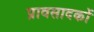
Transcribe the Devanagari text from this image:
प्रावसादकों